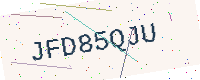
Text: JFD85QJU